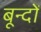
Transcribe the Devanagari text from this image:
बून्दों